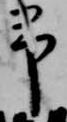
予